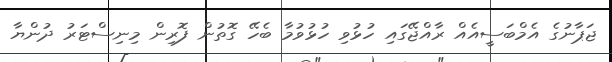
ޖަޕާނުގެ އެމްބަސީއެއް ރާއްޖޭގައި ހުޅުވި ހުޅުވުމާ ބެހޭ ގޮތުން ފޮރިން މިނިސްޓަރު ދުންޔާ